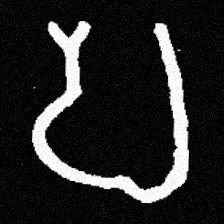
Pyu character \u2014 Myanmar letter: ပ (romanized: pa)